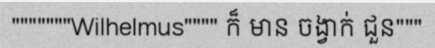
"""""""Wilhelmus"""" ក៏ មាន ចង្វាក់ ជួន"""